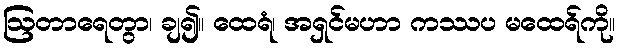
ဩတာရေတွာ၊ ချ၍။ ထေရံ၊ အရှင်မဟာ ကဿပ မထေရ်ကို။